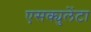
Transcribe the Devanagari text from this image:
एसक्युलेंटा